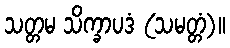
သတ္တမ သိက္ခာပဒံ (သမတ္တံ)။